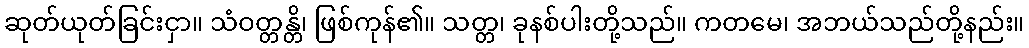
ဆုတ်ယုတ်ခြင်းငှာ။ သံဝတ္တန္တိ၊ ဖြစ်ကုန်၏။ သတ္တ၊ ခုနစ်ပါးတို့သည်။ ကတမေ၊ အဘယ်သည်တို့နည်း။